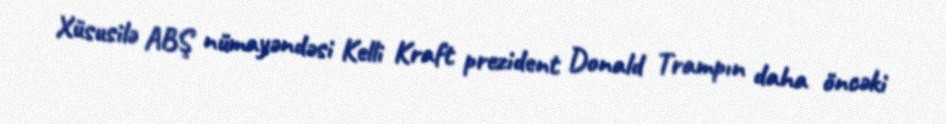
Xüsusilə ABŞ nümayəndəsi Kelli Kraft prezident Donald Trampın daha öncəki